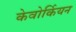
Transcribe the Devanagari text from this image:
केवोर्कियन